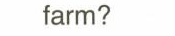
farm?